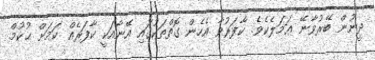
ދީނުން ބޭރުވާނޭ ޢަމަލެކެވެ. ކާފަރުވާ އެހެން ގޮތްތަކުގައި އޭނާއަކީ ކާފަރެއް ކަމަށް ޙުކުމް